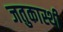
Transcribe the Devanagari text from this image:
जतुकास्थी